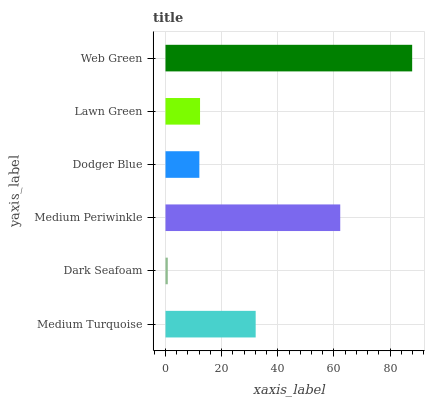
| yaxis_label | bars |
 | --- | --- |
 | Medium Turquoise | 32.1 |
 | Dark Seafoam | 0.818 |
 | Medium Periwinkle | 62.3 |
 | Dodger Blue | 12.1 |
 | Lawn Green | 12.3 |
 | Web Green | 87.9 |